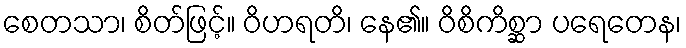
စေတသာ၊ စိတ်ဖြင့်။ ဝိဟရတိ၊ နေ၏။ ဝိစိကိစ္ဆာ ပရေတေန၊